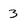
Character: 3